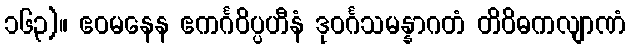
၁၆၃)။ ဧဝမနေန ဧကင်္ဂဝိပ္ပဟီနံ ဒုဝင်္ဂသမန္နာဂတံ တိဝိဓကလျာဏံ